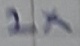
Text: 2X